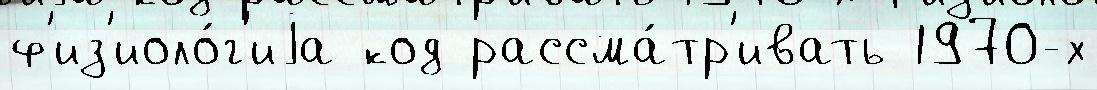
ф'из'иоло́г'иjа код рассма́тр'ивать 1970-х